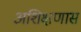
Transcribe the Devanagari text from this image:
अशिक्षणास